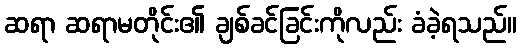
ဆရာ ဆရာမတိုင်း၏ ချစ်ခင်ခြင်းကိုလည်း ခံခဲ့ရသည်။